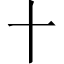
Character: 十